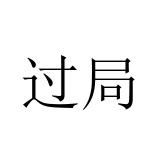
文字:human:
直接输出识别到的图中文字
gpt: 过局